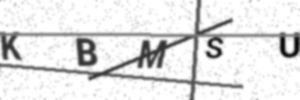
Text: KBMSU